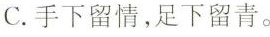
C.手下留情，足下留青。